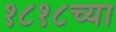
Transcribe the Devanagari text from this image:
१८१८च्या